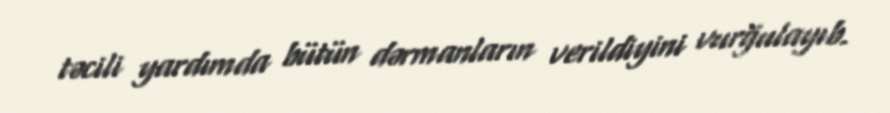
təcili yardımda bütün dərmanların verildiyini vurğulayıb.